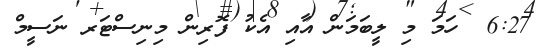
6:27  ހަމަ މި ލީބަމަން އާއި އެކު ފޮރިން މިނިސްޓަރ ނަސީމް